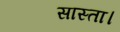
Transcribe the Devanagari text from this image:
सास्ता।